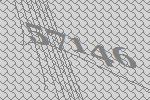
57146